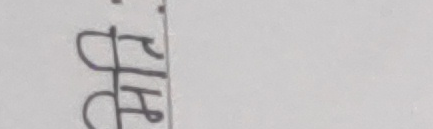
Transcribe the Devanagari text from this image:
शिद्ध